Document type: Sale
Year: 1326
Scribe: Bartomeu Marc
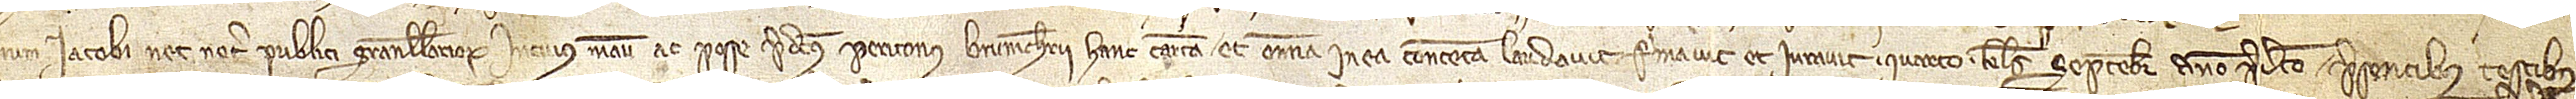
num Iacobi Net, notarii publici Granullariorum, in cuius manu ac posse predictus Periconus Brunicherii hanc cartam et omnia in ea contenta laudavit, firmavit et iuravit quarto kalendas septembris, anno predicto, presentibus testibus